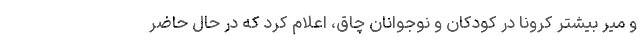
و میر بیشتر کرونا در کودکان و نوجوانان چاق، اعلام کرد که در حال حاضر